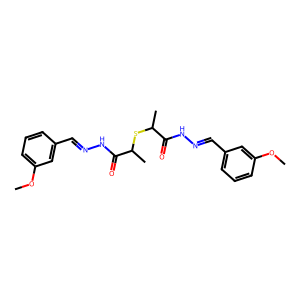
SMILES: COc1cccc(C=NNC(=O)C(C)SC(C)C(=O)NN=Cc2cccc(OC)c2)c1
Inhibits HIV replication: No